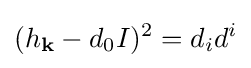
(h_{\mathbf {k} }-d_{0}I)^{2}=d_{i}d^{i}